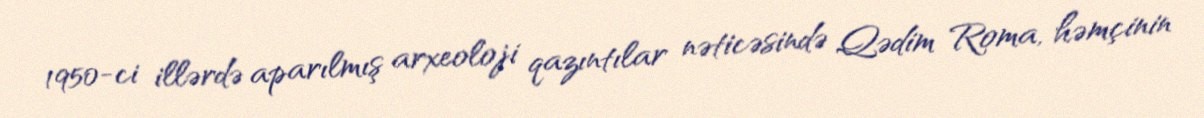
1950-ci illərdə aparılmış arxeoloji qazıntılar nəticəsində Qədim Roma, həmçinin